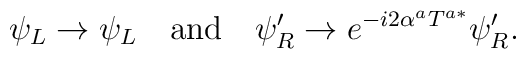
\psi_L \to \psi_L\quad {\rm and}\quad \psi'_R \to e^{-i 2\alpha^aT^{a*}} \psi'_R.